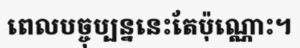
ពេលបច្ចុប្បន្ននេះតែប៉ុណ្ណោះ។